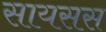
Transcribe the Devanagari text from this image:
सायसस